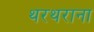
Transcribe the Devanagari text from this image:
थरथराना